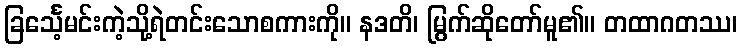
ခြင်္သေ့မင်းကဲ့သို့ရဲတင်းသောစကားကို။ နဒတိ၊ မြွက်ဆိုတော်မူ၏။ တထာဂတဿ၊